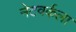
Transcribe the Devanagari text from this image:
नेटवर्कला